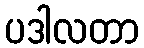
ပဒါလတာ